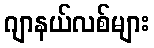
ဂျာနယ်လစ်များ